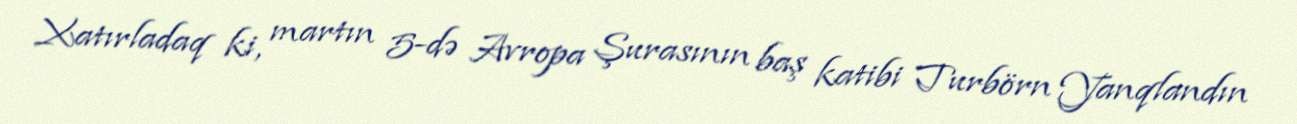
Xatırladaq ki, martın 5-də Avropa Şurasının baş katibi Turbörn Yanqlandın